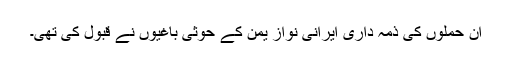
ان حملوں کی ذمہ داری ایرانی نواز یمن کے حوثی باغیوں نے قبول کی تھی۔